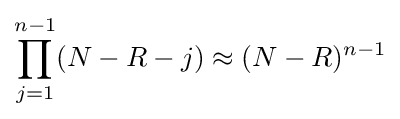
\prod _{j=1}^{n-1}(N-R-j)\approx (N-R)^{n-1}